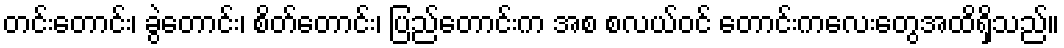
တင်းတောင်း၊ ခွဲတောင်း၊ စိတ်တောင်း၊ ပြည်တောင်းက အစ စလယ်ဝင် တောင်းကလေးတွေအထိရှိသည်။